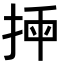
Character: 𢭣